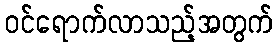
ဝင်ရောက်လာသည့်အတွက်